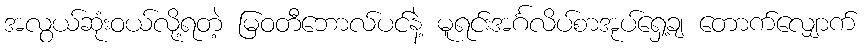
အလွယ်ဆုံးဝယ်လို့ရတဲ့ မြဝတီဘောလ်ပင်နဲ့ မူရင်းအင်္ဂလိပ်စာအုပ်ရှေ့ချ တောက်လျှောက်